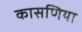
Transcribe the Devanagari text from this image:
कासणिया